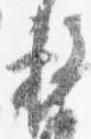
務